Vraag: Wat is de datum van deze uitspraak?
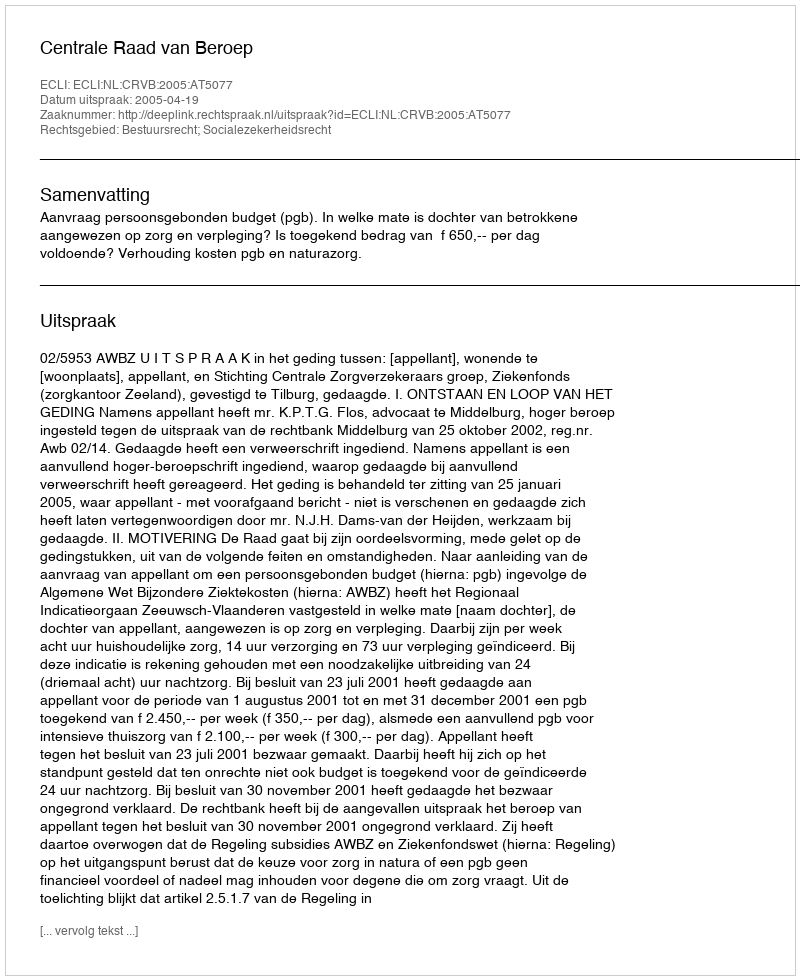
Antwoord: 2005-04-19